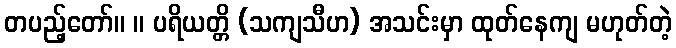
တပည့်တော်။ ။ ပရိယတ္တိ (သကျသီဟ) အသင်းမှာ ထုတ်နေကျ မဟုတ်တဲ့